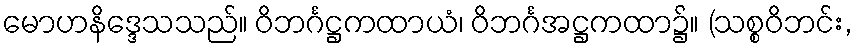
မောဟနိဒ္ဒေသသည်။ ဝိဘင်္ဂဋ္ဌကထာယံ၊ ဝိဘင်္ဂအဋ္ဌကထာ၌။ (သစ္စဝိဘင်း,